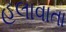
હલાવાતા